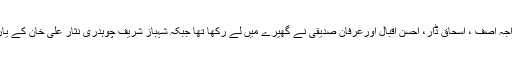
میاں نوازشریف کو خواجہ آصف ، اسحاق ڈار، احسن اقبال اورعرفان صدیقی نے گھیرے میں لے رکھا تھا جبکہ شہباز شریف چوہدری نثار علی خان کے یار غار بنے ہوئے تھے۔